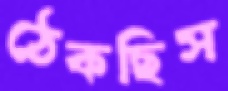
ঠেকছিস